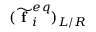
( \widetilde { \textbf { f } } _ { i } ^ { e q } ) _ { L / R }